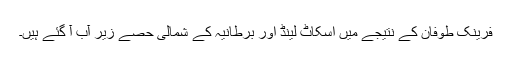
فرینک طوفان کے نتیجے میں اسکاٹ لینڈ اور برطانیہ کے شمالی حصے زیر آب آ گئے ہیں۔